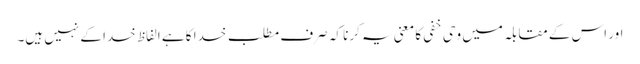
اور اس کے مقابلہ میں وحی خفی کا معنی یہ کرنا کہ صرف مطلب خدا کا ہے الفاظ خدا کے نہیں ہیں۔